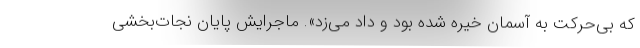
که بی‌حرکت به آسمان خیره شده بود و داد می‌زد». ماجرایش پایان نجات‌بخشی